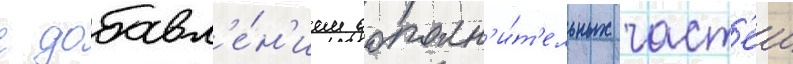
с добавл'е́н'ием дополн'и́т'ельных част'еи